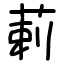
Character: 䓶